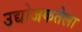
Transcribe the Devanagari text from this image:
उद्योजकतेला